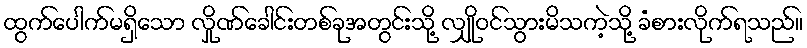
ထွက်ပေါက်မရှိသော လှိုဏ်ခေါင်းတစ်ခုအတွင်းသို့ လျှိုဝင်သွားမိသကဲ့သို့ ခံစားလိုက်ရသည်။